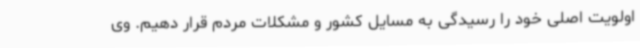
اولویت اصلی خود را رسیدگی به مسایل کشور و مشکلات مردم قرار دهیم. وی